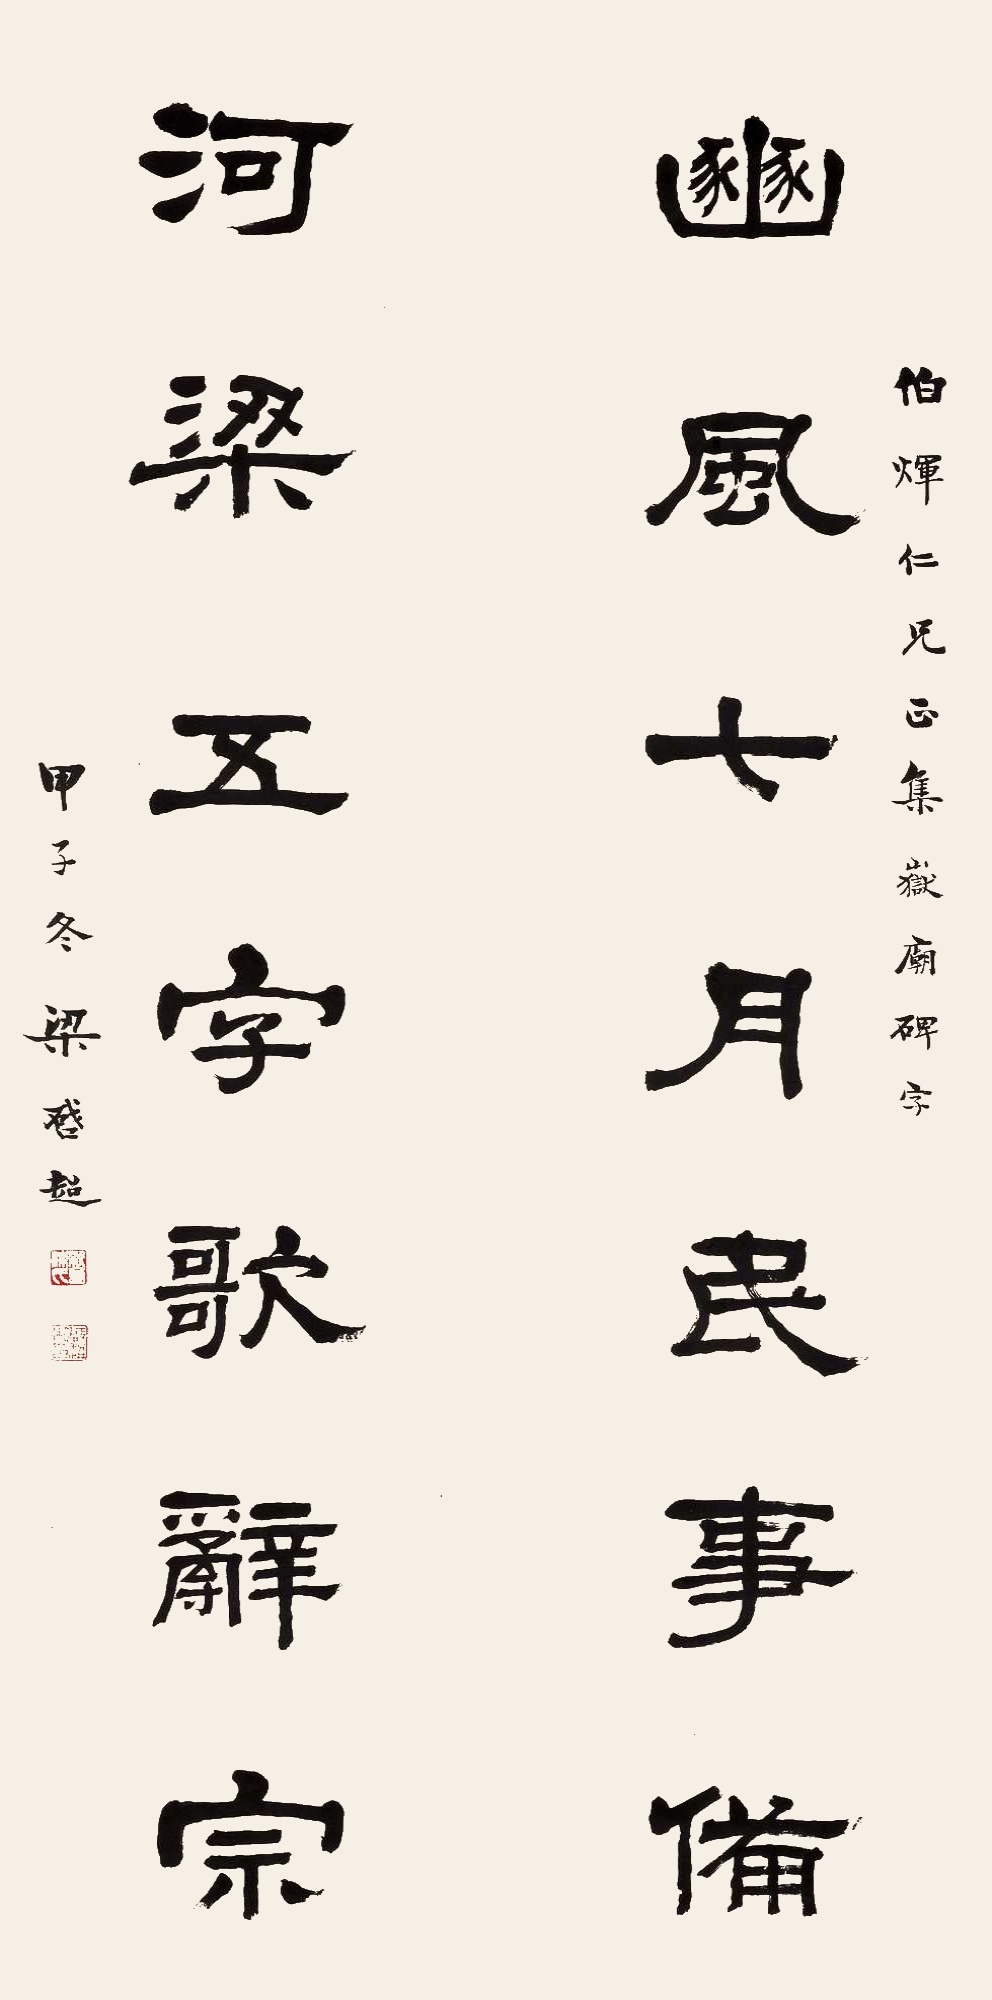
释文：豳风七月民事备，河梁五字歌辞宗。伯辉仁兄正集岳庙碑字。甲子冬，梁启超。